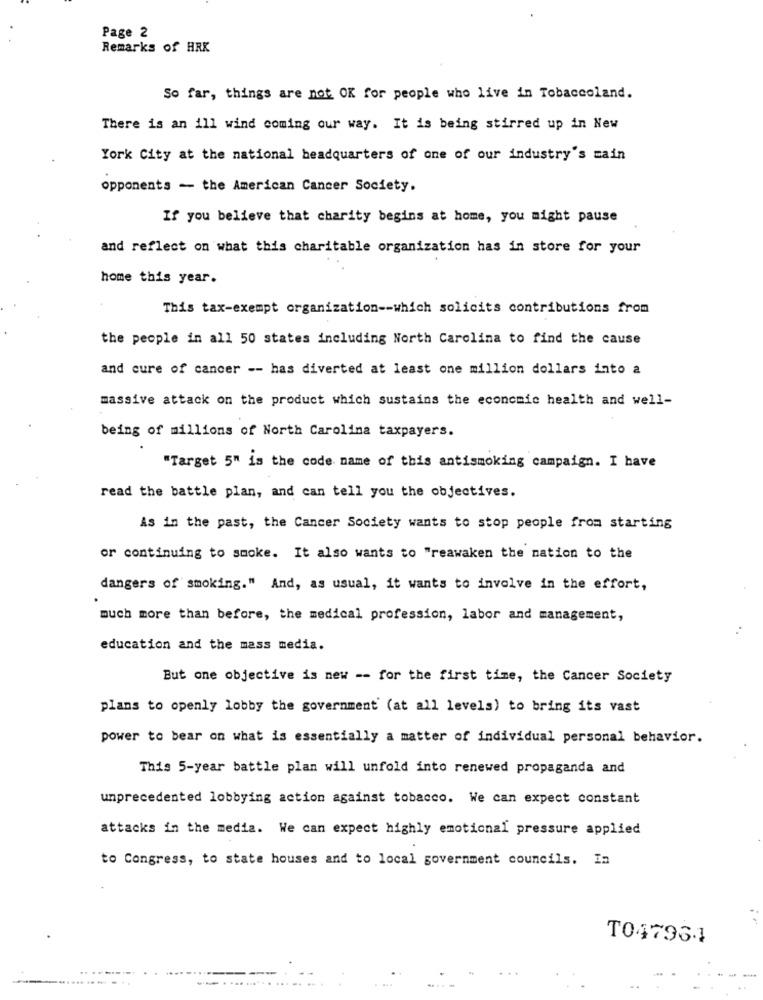
Page 2
Remarks of HRK
So far, things are not OK for people who live in Tobaccoland.
There is an ill wind coming our way. It is being stirred up in New
York City at the national headquarters of one of our industry's main
opponents - the American Cancer Society.
If you believe that charity begins at home, you might pause
and reflect on what this charitable organization has in store for your
home this year.
This tax-exempt organization -- which solicits contributions from
the people in all 50 states including North Carolina to find the cause
and cure of cancer -- has diverted at least one million dollars into a
massive attack on the product which sustains the economic health and well-
being of millions of North Carolina taxpayers.
"Target 5" is the code name of this antismoking campaign. I have
read the battle plan, and can tell you the objectives.
As in the past, the Cancer Society wants to stop people from starting
or continuing to smoke. It also wants to "reawaken the nation to the
dangers of smoking." And, as usual, it wants to involve in the effort,
much more than before, the medical profession, labor and management,
education and the mass media.
But one objective is new -- for the first time, the Cancer Society
plans to openly lobby the government (at all levels) to bring its vast
power to bear on what is essentially a matter of individual personal behavior.
This 5-year battle plan will unfold into renewed propaganda and
unprecedented lobbying action against tobacco. We can expect constant
attacks in the media. We can expect highly emotional pressure applied
to Congress, to state houses and to local government councils. In
T047961